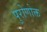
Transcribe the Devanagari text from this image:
पुरोणोक्त